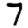
Digit: 7